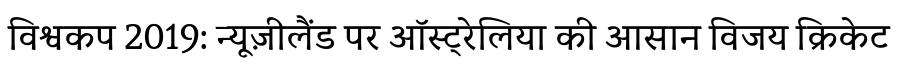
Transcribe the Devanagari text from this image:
विश्वकप 2019: न्यूज़ीलैंड पर ऑस्ट्रेलिया की आसान विजय क्रिकेट